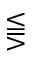
\lesseqqgtr